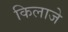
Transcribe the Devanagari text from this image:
किलाजे